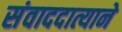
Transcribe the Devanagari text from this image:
संवाददात्याने